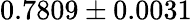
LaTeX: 0.7809\pm 0.0031